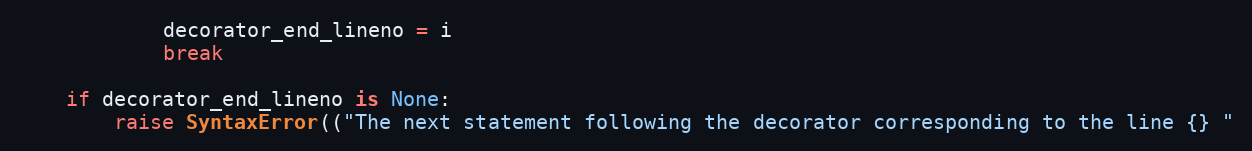
Language: Python
            decorator_end_lineno = i
            break

    if decorator_end_lineno is None:
        raise SyntaxError(("The next statement following the decorator corresponding to the line {} "